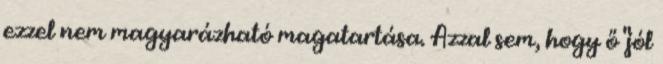
ezzel nem magyarázható magatartása. Azzal sem, hogy ő "jól